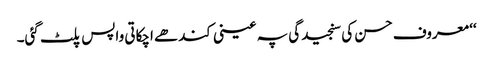
‘‘ معروف حسن کی سنجیدگی پہ عینی کندھے اچکاتی واپس پلٹ گئی۔